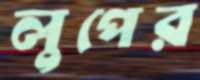
লুপের